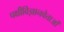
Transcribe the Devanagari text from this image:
पक्षीविज्ञानवेत्ताओं